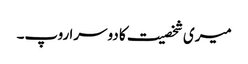
میری شخصیت کا دوسرا روپ۔